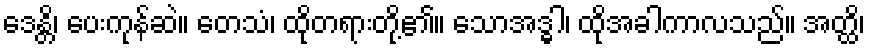
ဒေန္တိ၊ ပေးကုန်ဆဲ။ တေသံ၊ ထိုတရားတို့၏။ သောအဒ္ဓါ၊ ထိုအခါကာလသည်။ အတ္ထိ၊